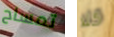
تمساح كلا